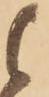
候